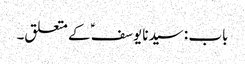
باب : سیدنا یوسفؑ کے متعلق۔